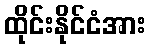
ထိုင်းနိုင်ငံအား